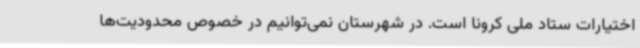
اختیارات ستاد ملی کرونا است. در شهرستان نمی‌توانیم در خصوص محدودیت‌ها